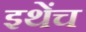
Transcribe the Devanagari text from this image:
इथेंच